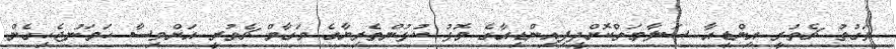
ވަގުތު ޗެތުރީ އިންޑިއާ ސަލާމަތްކޮށްދީފިއިންޑިއާގެ މޮޅު ކުޅުންތެރިޔާގެ މަގާމް ޗެތުރީ އަށްވިސާ ހަމަނުޖެހިގެން